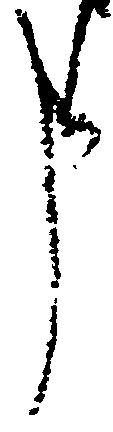
申